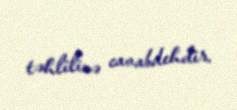
təhlilinə cavabdehdir.